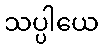
သပ္ပါယေ